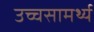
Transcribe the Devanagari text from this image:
उच्चसामर्थ्य